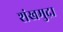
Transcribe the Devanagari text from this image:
शंखमुद्रा